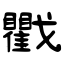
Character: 戵